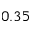
0 . 3 5